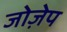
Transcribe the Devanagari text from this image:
जोज़ेप